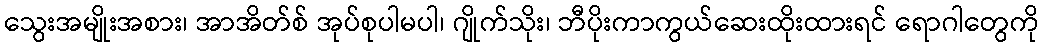
သွေးအမျိုးအစား၊ အာအိတ်စ် အုပ်စုပါမပါ၊ ဂျိုက်သိုး၊ ဘီပိုးကာကွယ်ဆေးထိုးထားရင် ရောဂါတွေကို